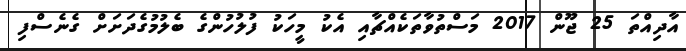
އާދިއްތަ 25 ޖޫން 2017 މަސްތުވާތަކެއްޗާއި އެކު މީހަކު ފުލުހުންގެ ބެލުމުގެދަށަށް ގެނެސްފި